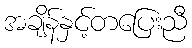
အချိန်နှင့်တပြေးညီ